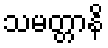
သမတ္တာနိ